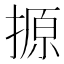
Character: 𪮢